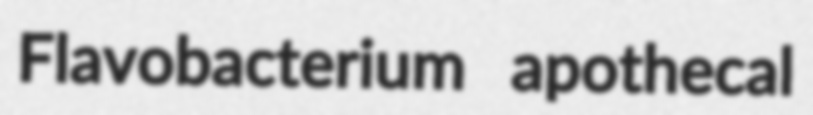
Flavobacterium apothecal